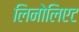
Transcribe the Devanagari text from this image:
लिनोलिएट